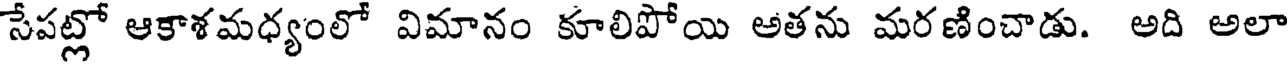
సేపట్లో ఆకాశమధ్యంలో విమానం కూలిపోయి అతను మరణించాడు. అది అలా